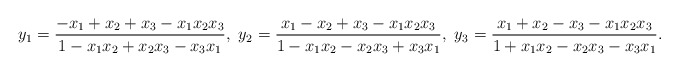
\begin{align*} y_1 = \frac{-x_1+x_2+x_3-x_1x_2x_3}{1-x_1x_2+x_2x_3-x_3x_1},\ y_2 = \frac{x_1-x_2+x_3-x_1x_2x_3}{1-x_1x_2-x_2x_3+x_3x_1},\ y_3 = \frac{x_1+x_2-x_3-x_1x_2x_3}{1+x_1x_2-x_2x_3-x_3x_1}.\end{align*}